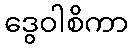
ဒွေဝါစိကာ